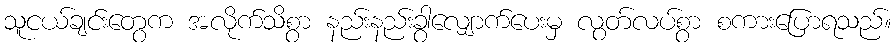
သူငယ်ချင်းတွေက အလိုက်သိစွာ နည်းနည်းခွာလျှောက်ပေးမှ လွတ်လပ်စွာ စကားပြောရသည်။